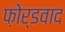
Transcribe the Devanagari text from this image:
फ़ोर्डवाद